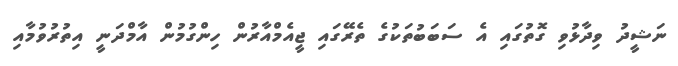
ނަޝީދު ވިދާޅުވި ގޮތުގައި އެ ސަބަބުތަކުގެ ތެރޭގައި ޖީއެމްއާރުން ހިންގުމުން އާމްދަނީ އިތުރުވުމާއި